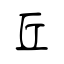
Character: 丘